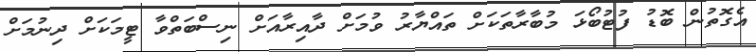
އެގޮތުން ބޮޑު ފުޓުބޯޅަ މުބާރާތަކަށް ތައްޔާރު ވުމަށް ދާއިރާއަށް ނިސްބަތްވާ ޓީމަކަށް ދިނުމަށް